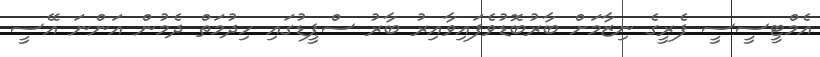
އެމްޓީސީސީ ފެރީގެ ނިޒާމަށް ބާރުބޮޑުވެފައިވާއިރު ބާރު ސްޕީޑުގައި ހިދުމަތް ދެމުން އަންނަ އޭސީ